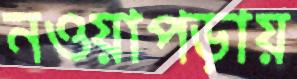
নওয়াপড়ায়